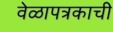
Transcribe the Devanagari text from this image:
वेळापत्रकाची